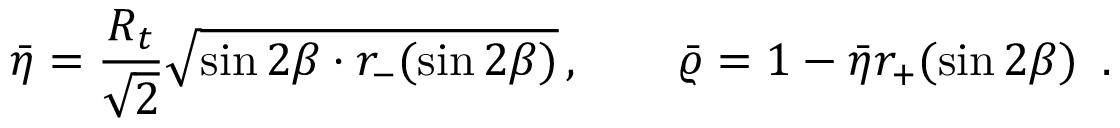
\bar { \eta } = \frac { R _ { t } } { \sqrt { 2 } } \sqrt { \sin 2 \beta \cdot r _ { - } ( \sin 2 \beta ) } \, , \quad \quad \bar { \varrho } = 1 - \bar { \eta } r _ { + } ( \sin 2 \beta ) \, ~ .